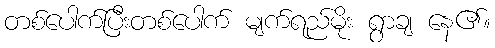
တစ်ပေါက်ပြီးတစ်ပေါက် မျက်ရည်မိုး ရွာချ နေ၏။